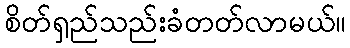
စိတ်ရှည်သည်းခံတတ်လာမယ်။